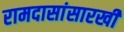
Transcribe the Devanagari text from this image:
रामदासांसारखी